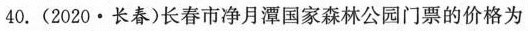
40.(2020·长春)长春市净月潭国家森林公园门票的价格为